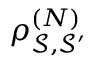
\rho _ { \mathcal { S } , \mathcal { S } ^ { \prime } } ^ { ( N ) }